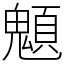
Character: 䫥